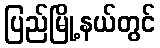
ပြည်မြို့နယ်တွင်